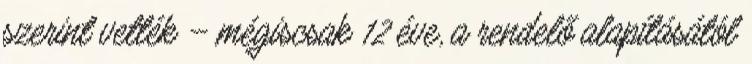
szerint vették – mégiscsak 12 éve, a rendelő alapításától